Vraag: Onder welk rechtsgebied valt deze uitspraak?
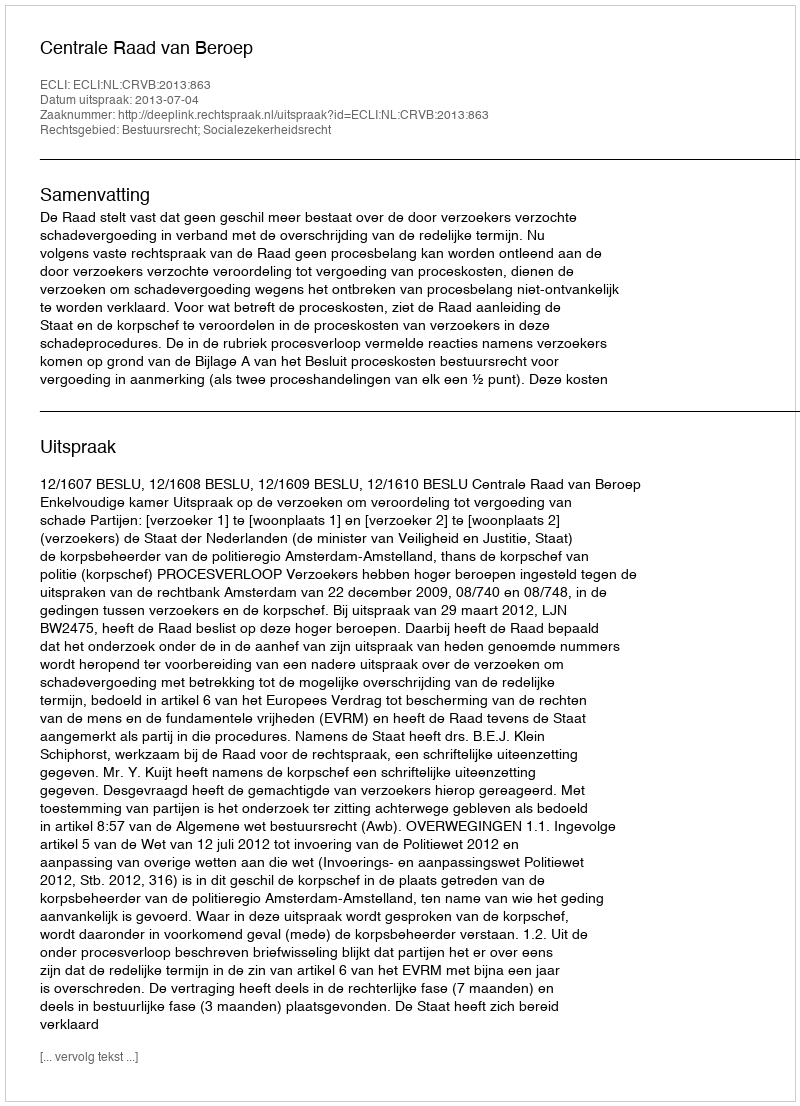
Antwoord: Bestuursrecht; Socialezekerheidsrecht